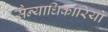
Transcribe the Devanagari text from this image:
सैन्याधिकारियों